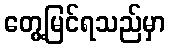
တွေ့မြင်ရသည်မှာ